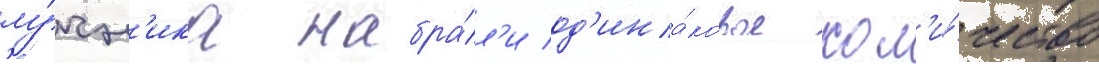
лу́чн'ика набра́л'и од'ина́ковое кол'и́чество